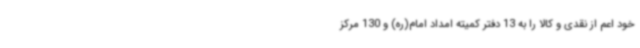
خود اعم از نقدی و کالا را به 13 دفتر کمیته امداد امام(ره) و 130 مرکز